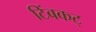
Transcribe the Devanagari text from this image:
टिंबकट्